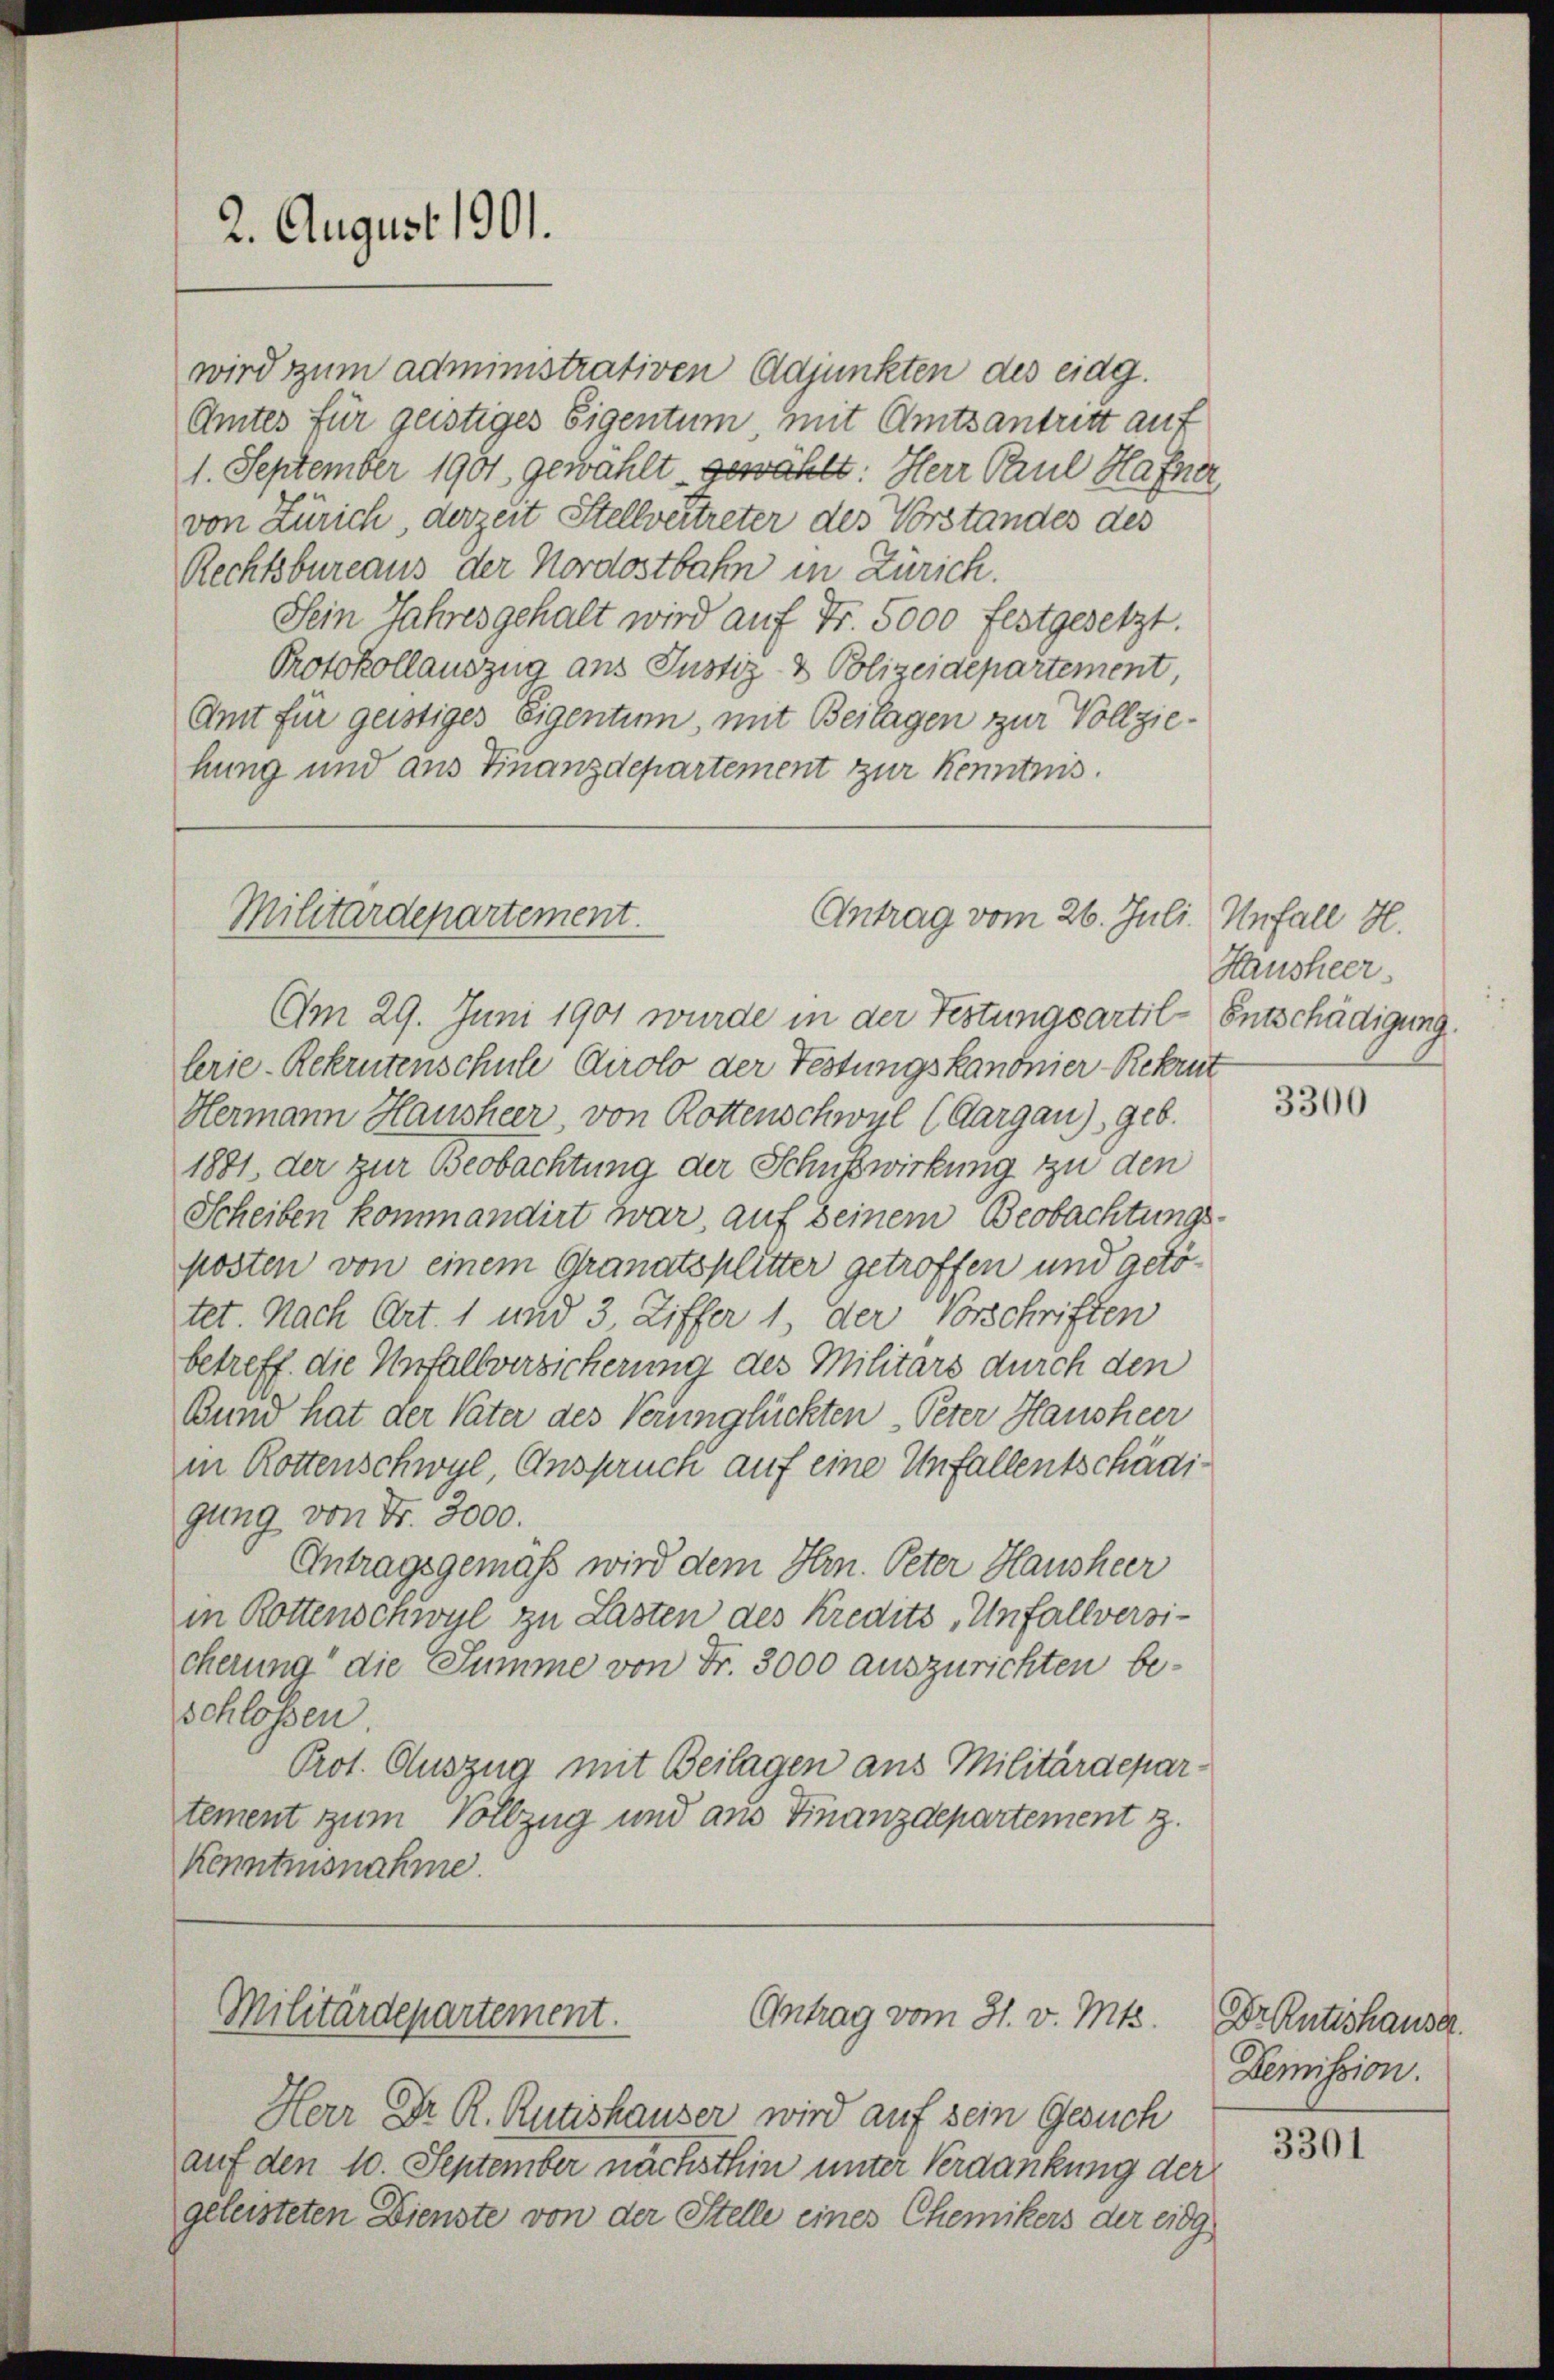
2. August 1901.

wird zum administrativen Adjunkten des eidg.
Amtes für geistiges Eigentum, mit Amtsantritt auf
1. September 1901 gewählt gewählt: Herr Paul Hafner,
von Zürich, derzeit Stellvertreter des Vorstandes des
Rechtsbureaus der Nordostbahn in Zürich.
Sein Jahres gehalt wird auf Fr. 5000 festgesetzt.
Protokollauszug aus Justiz- & Polizeidepartement
Amt für geistiges Eigentum, mit Beilagen zur Vollziehung und aus Finanzdepartement zur Kenntnis.

Antrag vom 26. Juli.
Militärdepartement.

Am 29. Juni 1901 wurde in der Festungsartil- Entschädigung
lerie-Rekrutenschule Airolo der Festungskanonier-Rekru
Hermann Hausheer, von Rottenschwyl (Aargau), geb.
1881 der zur Beobachtung der Schusswirkung zu den
Scheiben kommandirt war, auf seinem Beobachtungsposten von einem Granatsplitter getroffen und getötet. Nach Art. 1 und 3, Ziffer 1 der Vorschriften
betreff die Unfallversicherung des Militärs durch den
Bund hat der Vater des Verglückten Peter Hausheer
in Rottenschwyl, Anspruch auf eine Unfallentschädigung von Fr. 3000.
Antragsgemäß wird dem Hrn. Peter Hausheer
in Rottenschwyl zu Lasten des Kredits Unfallversi-
cherung die Summe von Fr. 3000 auszurichten beschlossen
Prot. Auszug mit Beilagen aus Militärdepartement zum Vollzug und aus Finanzdepartement z.
Kenntnisnahme.

Antrag vom 31. v. Mts.
Militärdepartement.

Herr Dr. R. Rütishauser wird auf sein Gesuch
auf den 10. September nachsthin unter Verdankung der
geleisteten Dienste von der Stelle eines Chemikers der eidg

Unfall H.
Hausheer

3300

Dr. Rütishause.
Demission.

3301